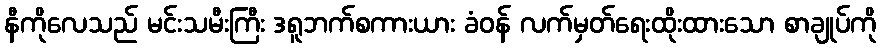
နီကိုလေသည် မင်းသမီးကြီး ဒရူဘက်စကားယား ခံဝန် လက်မှတ်ရေးထိုးထားသော စာချုပ်ကို